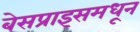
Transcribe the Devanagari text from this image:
बेसप्राइसमधून